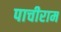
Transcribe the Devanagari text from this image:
पाचीराम